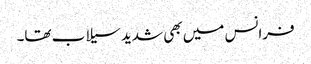
فرانس میں بھی شدید سیلاب تھا۔